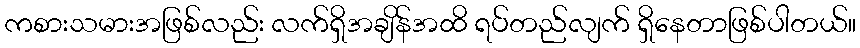
ကစားသမားအဖြစ်လည်း လက်ရှိအချိန်အထိ ရပ်တည်လျက် ရှိနေတာဖြစ်ပါတယ်။